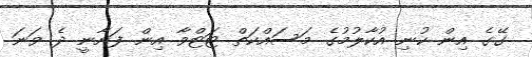
ގޭގެ އިން ކުނި އުކާލުމުގެ މަސައްކަތް ޓަޓްވާ އިން ފަށާނީ ދެ ވަނަ